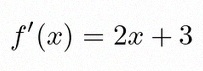
f'(x)=2x+3